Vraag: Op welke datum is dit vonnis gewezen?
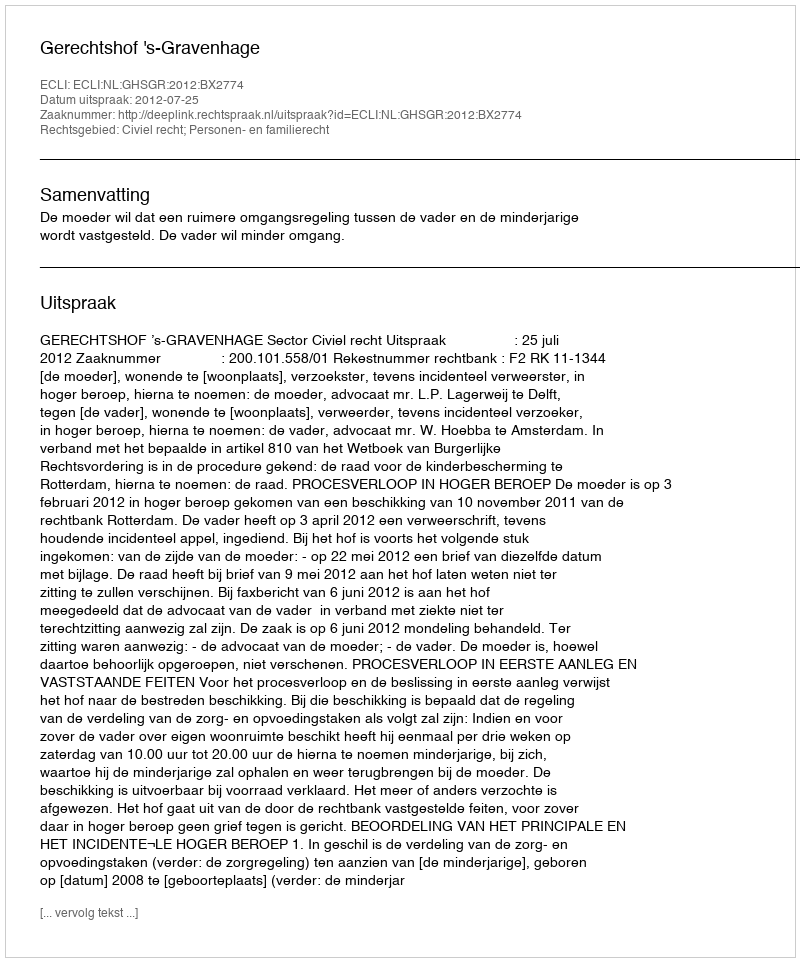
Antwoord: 2012-07-25